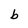
Character: b